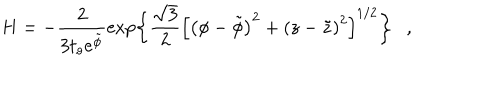
H = - \frac { 2 } { 3 t _ { o } e ^ { \tilde { \phi } } } \exp \left\{ \frac { \sqrt { 3 } } { 2 } \left[ \left( \phi - \tilde { \phi } \right) ^ { 2 } + \left( z - \tilde { z } \right) ^ { 2 } \right] ^ { 1 / 2 } \right\} ,